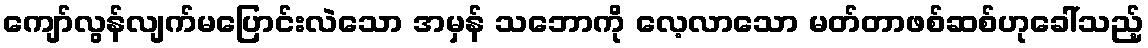
ကျော်လွန်လျက်မပြောင်းလဲသော အမှန် သဘောကို လေ့လာသော မတ်တာဖစ်ဆစ်ဟုခေါ်သည့်